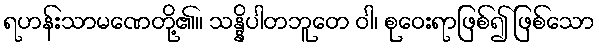
ရဟန်းသာမဏေတို့၏။ သန္နိပါတဘူတေ ဝါ၊ စုဝေးရာဖြစ်၍ ဖြစ်သော